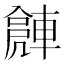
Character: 𨍻